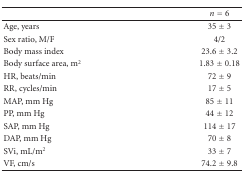
|  | n = 6 |
 | --- | --- |
 | Age, years | 35 ± 3 |
 | Sex ratio, M/F | 4/2 |
 | Body mass index | 23.6 ± 3.2 |
 | Body surface area, m2 | 1.83 ± 0.18 |
 | HR, beats/min | 72 ± 9 |
 | RR, cycles/min | 17 ± 5 |
 | MAP, mm Hg | 85 ± 11 |
 | PP, mm Hg | 44 ± 12 |
 | SAP, mm Hg | 114 ± 17 |
 | DAP, mm Hg | 70 ± 8 |
 | SVi, mL/m2 | 33 ± 7 |
 | VF, cm/s | 74.2 ± 9.8 |